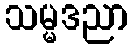
သမ္မဒညာ